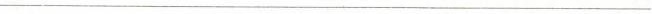
___